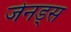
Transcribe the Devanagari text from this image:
जेनड्स